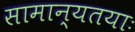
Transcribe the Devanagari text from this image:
सामान्यतयाः